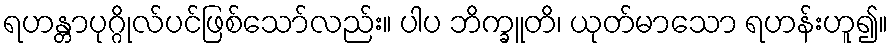
ရဟန္တာပုဂ္ဂိုလ်ပင်ဖြစ်သော်လည်း။ ပါပ ဘိက္ခူတိ၊ ယုတ်မာသော ရဟန်းဟူ၍။